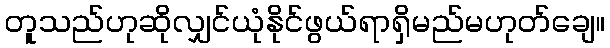
တူသည်ဟုဆိုလျှင်ယုံနိုင်ဖွယ်ရာရှိမည်မဟုတ်ချေ။